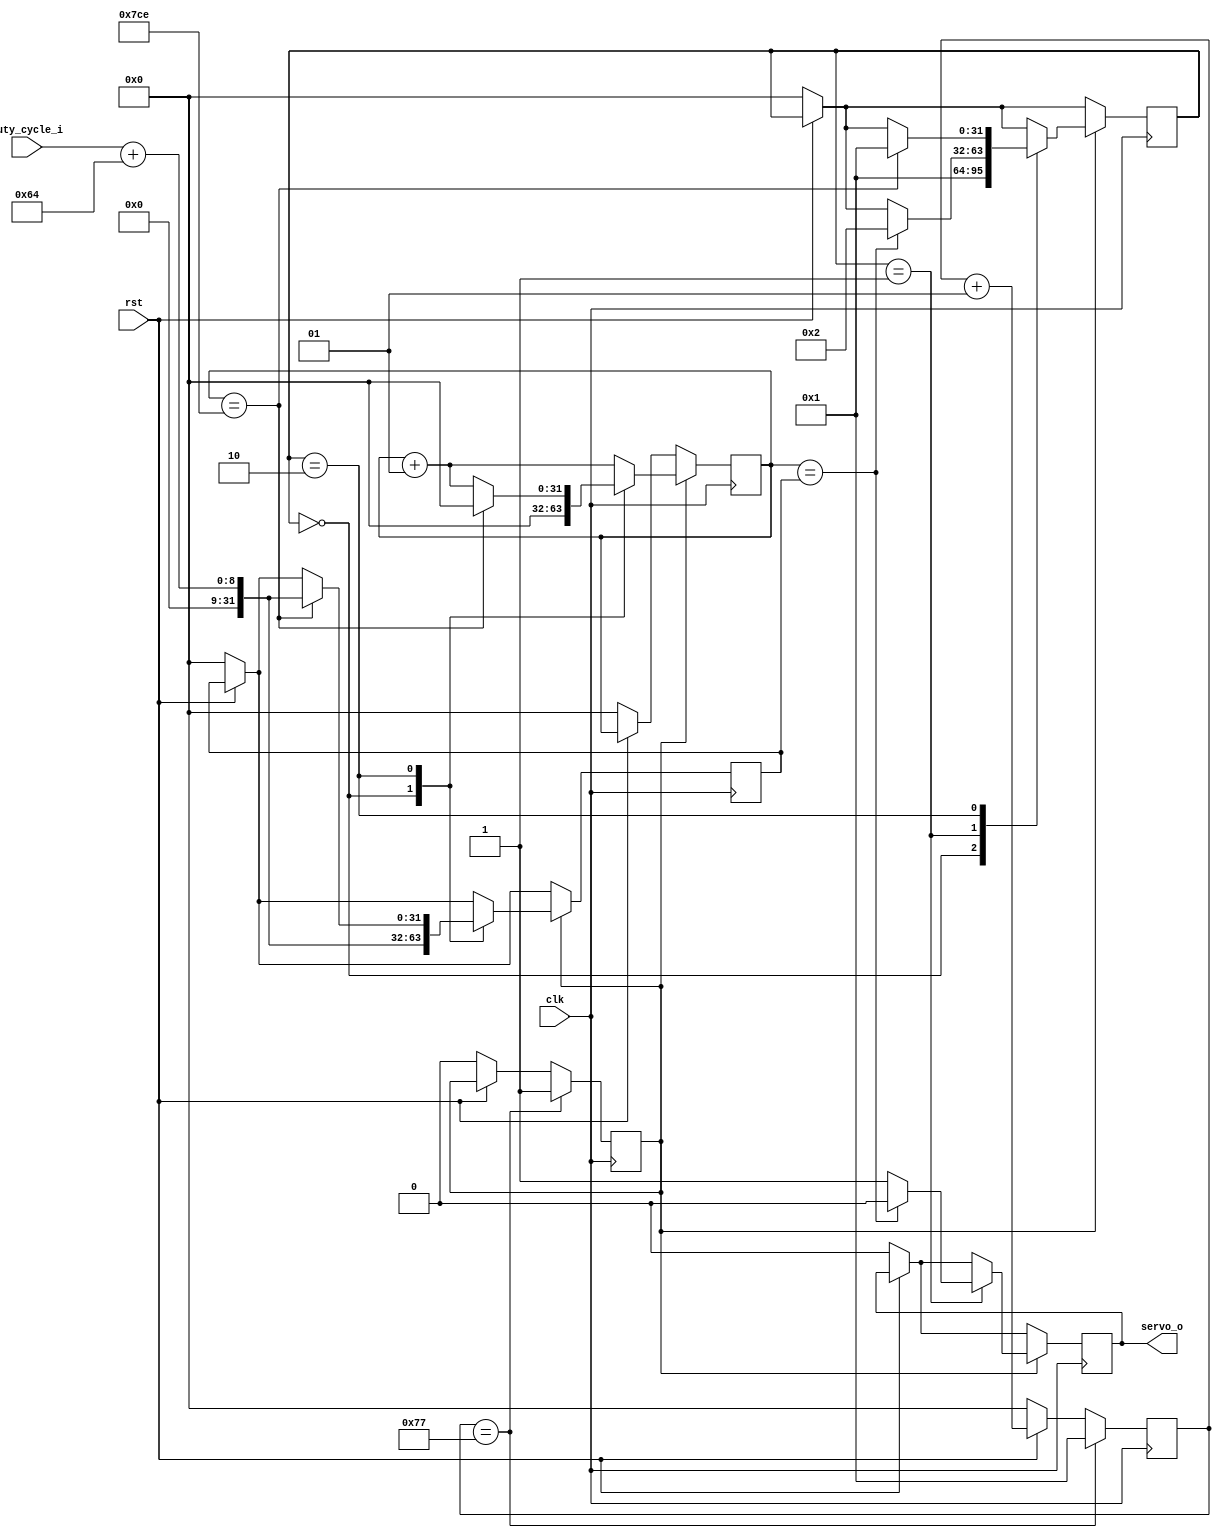
/*
  Name : Rakotojaona Nambinina
  email : Andrianoelisoa.Rakotojaona@gmail.com
  Description : Control the speed of servo motor 
*/

`timescale 1ns / 1ps
//////////////////////////////////////////////////////////////////////////////////
// Company: 
// Engineer: 
// 
// Design Name: 
// Module Name: servoMotor
// Project Name: 
// Target Devices: 
// Tool Versions: 
// Description: 
// 
// Dependencies: 
// 
// Revision:
// Revision 0.01 - File Created
// Additional Comments:
// 
//////////////////////////////////////////////////////////////////////////////////


module servoMotor(
                 clk,
                 rst,
                 duty_cycle_i,
                 servo_o

    );
    
    input clk;
    input [7:0] duty_cycle_i;
    input rst;
    output wire servo_o;
    reg servo;
    integer state;
    integer counter;
    integer duty_cycle;
    integer counter_clock;
    reg clock_enable;
    
    assign servo_o = servo;
    
    always @ (posedge clk)
      begin
        if (!rst)
          begin
            state <= 0;
            counter <=0;
            duty_cycle <= 0;
            counter_clock <= 0;
            clock_enable <=0;
            servo <= 0;
          end 
        else
          counter_clock <= counter_clock +1;
          //counter_clock <= 0;
          if (counter_clock ==8'h77)
            begin
              clock_enable <= 1;
              counter_clock <= 1;
            end 
          
          if (clock_enable)
            begin
            counter <= counter +1;
              case (state)
                0:
                  begin
                    duty_cycle <= duty_cycle_i +100;
                    state <= 1;
                    counter <= 0;
                  end 
                1:
                  begin
                    servo <= 1;
                    if (counter == duty_cycle )
                      begin
                        servo <= 0;
                        state <= 2;
                      end 
                  end 
                2:
                  begin
                    if (counter == 16'h7CE)
                      begin
                        counter <= 0;
                        state <= 1;
                        duty_cycle <= duty_cycle_i +100;
                      end 
                  end 
              endcase
            end 
      end 
endmodule

/*
`timescale 1ns / 1ps
//////////////////////////////////////////////////////////////////////////////////
// Company: 
// Engineer: 
// 
// Design Name: 
// Module Name: tbServo
// Project Name: 
// Target Devices: 
// Tool Versions: 
// Description: 
// 
// Dependencies: 
// 
// Revision:
// Revision 0.01 - File Created
// Additional Comments:
// 
//////////////////////////////////////////////////////////////////////////////////


module tbServo(

    );
    
    reg clk;
    reg [7:0] duty_cycle_i;
    reg rst;
    wire  servo_o;
    
    servoMotor dut(
                 clk,
                 rst,
                 duty_cycle_i,
                 servo_o

    );
    
    initial
      begin
        clk =0;
        duty_cycle_i <= 0;
        rst = 0;
        #10
        rst =1;
        
      end 
      
    always
      begin
        #5 clk = ! clk;
      end 
    

endmodule

*/